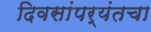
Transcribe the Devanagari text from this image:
दिवसांपर्यंतचा